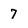
Character: 7